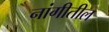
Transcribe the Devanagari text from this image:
नांगीतील